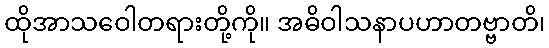
ထိုအာသဝေါတရားတို့ကို။ အဓိဝါသနာပဟာတဗ္ဗာတိ၊